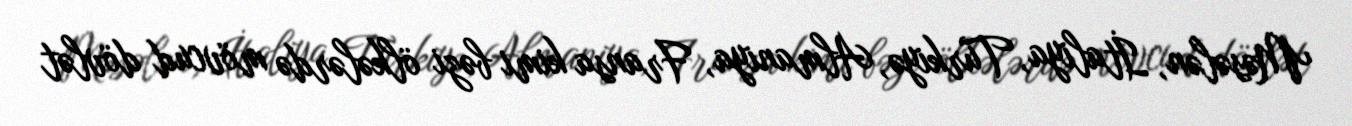
Məsələn, İtaliya, Türkiyə, Almaniya, Fransa kimi bəzi ölkələrdə mövcud dövlət